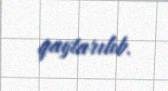
qaytarılıb.